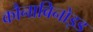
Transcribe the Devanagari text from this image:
कौनाबिनोइड